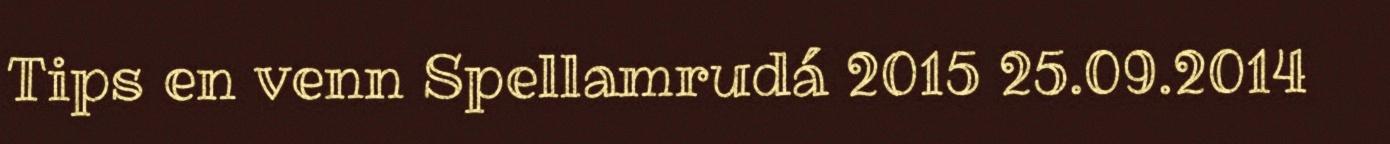
Tips en venn Spellamrudá 2015 25.09.2014